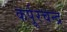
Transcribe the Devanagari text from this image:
कर्पूरचन्द्र